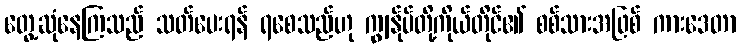
တွေ့ဆုံနေကြသည် သတ်ပေးရန် ရစေသည်ဟု ကျွန်ုပ်တို့ကိုယ်တိုင်၏ စစ်သားအဖြစ် ကားဒေတာ